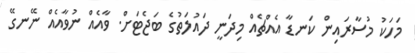
މަހަކު މުސާރައިން ކަނޑާ އެއްޗެއް މިދަނީ ދައުލަތުގެ ބަޖެޓަށް. ވާއެއް ނުވާއެއް ނޭނގޭ